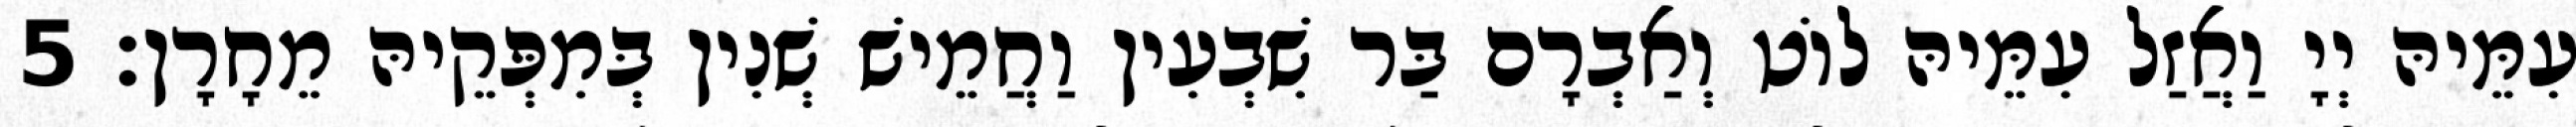
עִמֵּיהּ יְיָ וַאֲזַל עִמֵּיהּ לוֹט וְאַבְרָם בַּר שִׁבְעִין וַחֲמֵישׁ שְׁנִין בְּמִפְּקֵיהּ מֵחָרָן׃ 5